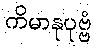
ကိမာနုပုဗ္ဗံ